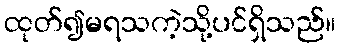
ထုတ်၍မရသကဲ့သို့ပင်ရှိသည်။